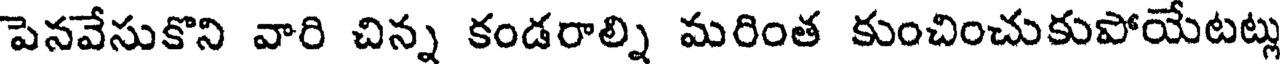
పెనవేసుకొని వారి చిన్న కండరాల్ని మరింత కుంచించుకుపోయేటట్లు